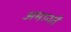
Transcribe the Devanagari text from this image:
अमानतें